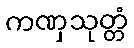
ကဏှသုတ္တံ